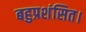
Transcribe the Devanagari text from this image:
बहुप्रशंसित।